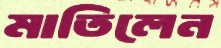
মাতিলেন